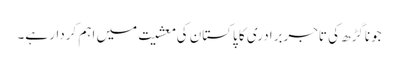
جوناگڑھ کی تاجربرادری کا پاکستان کی معشیت میں اہم کردار ہے۔